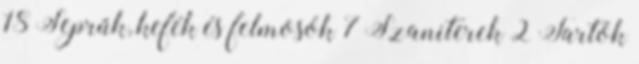
18 Seprűk, kefék és felmosók 7 Szaniterek 2 Tartók